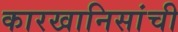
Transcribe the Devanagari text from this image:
कारखानिसांची